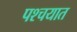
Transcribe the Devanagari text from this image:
पश्चयात